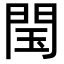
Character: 閠